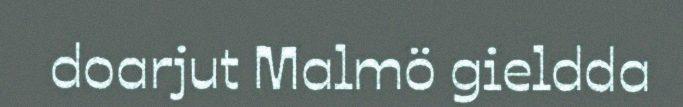
doarjut Malmö gieldda